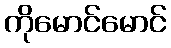
ကိုမောင်မောင်